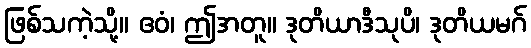
ဖြစ်သကဲ့သို့။ ဧဝံ၊ ဤအတူ။ ဒုတိယာဒီသုပိ၊ ဒုတိယမဂ်